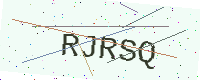
Text: RJRSQ